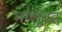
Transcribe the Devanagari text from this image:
मग्लूबह